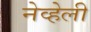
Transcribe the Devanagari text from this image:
नेव्हेली